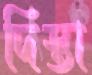
দিস্তা